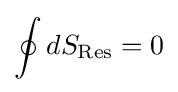
\oint dS_{\text{Res}}=0